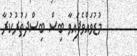
މުޑުވައްވެފައިވާ ބިސް ބިސްދަތުރުކުރާ